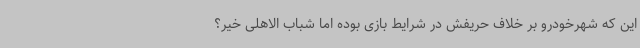
این که شهرخودرو بر خلاف حریفش در شرایط بازی بوده اما شباب الاهلی خیر؟